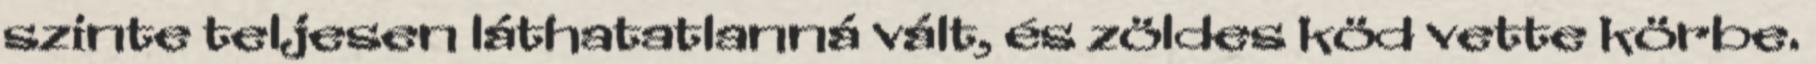
szinte teljesen láthatatlanná vált, és zöldes köd vette körbe.